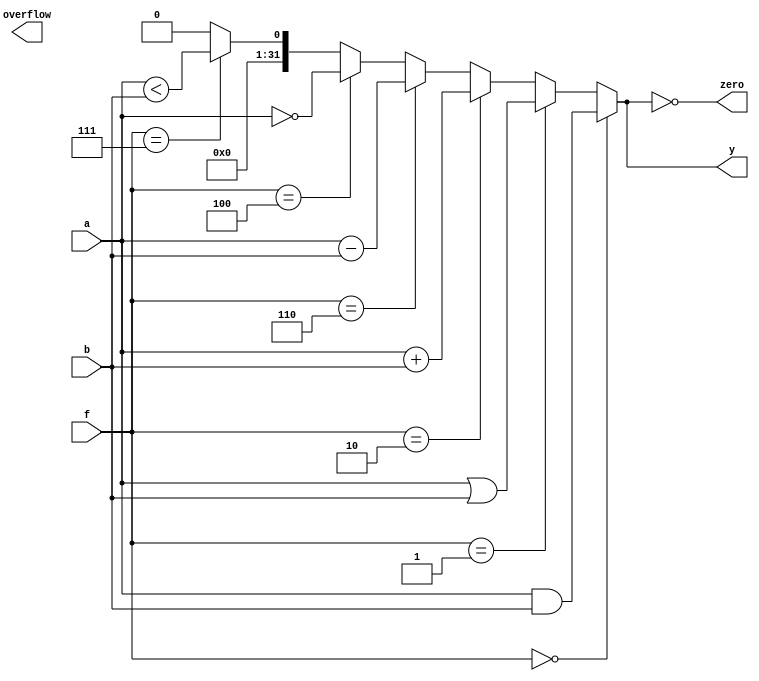
`timescale 1ns / 1ps
//////////////////////////////////////////////////////////////////////////////////
// Company: 
// Engineer: 
// 
// Design Name: 
// Module Name: alu
// Project Name: 
// Target Devices: 
// Tool Versions: 
// Description: 
// 
// Dependencies: 
// 
// Revision:
// Revision 0.01 - File Created
// Additional Comments:
// 
//////////////////////////////////////////////////////////////////////////////////


module alu(
    input wire [31:0]a,
    input wire [31:0]b,
    input wire [2:0]f,
    output wire [31:0]y,
    output wire overflow,
    output wire zero
    );

    assign y =  (f==3'b000) ? a & b: // and
                (f==3'b001) ? a | b: // or
                (f==3'b010) ? a + b: // add
                (f==3'b110) ? a - b: // sub
                (f==3'b100) ? ~a:    // not
                (f==3'b111) ? a < b: // slt
                32'b0;
    assign zero = (y == 32'b0);
    // always @(*) begin
    //     case (f)
    //         3'b000:  begin
    //             y <= a + b;
    //         end
    //         3'b001:  begin
    //             y <= a - b;
    //         end
    //         3'b010:  begin
    //             y <= a & b;
    //         end
    //         3'b011:  begin
    //             y <= a | b;
    //         end
    //         3'b100:  begin
    //             y <= ~a;
    //         end
    //         3'b101:  begin
    //             y <= a < b;
    //         end
    //         default: begin
    //             y <= 32'b0;
    //         end
    //     endcase
    // end

endmodule